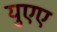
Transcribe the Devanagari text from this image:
युएए